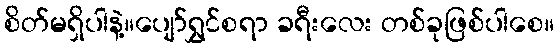
စိတ်မရှိပါနဲ့။ပျော်ရွှင်စရာ ခရီးလေး တစ်ခုဖြစ်ပါစေ။